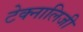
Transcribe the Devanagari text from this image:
टेक्नालिजी